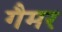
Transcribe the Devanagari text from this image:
गैमर